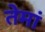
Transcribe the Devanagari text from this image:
तेमां